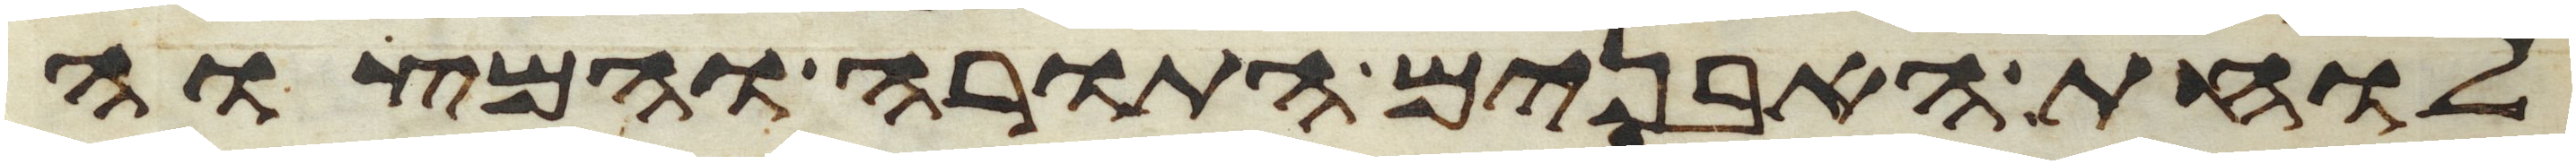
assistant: לוחת האבנים התורה והמצוה